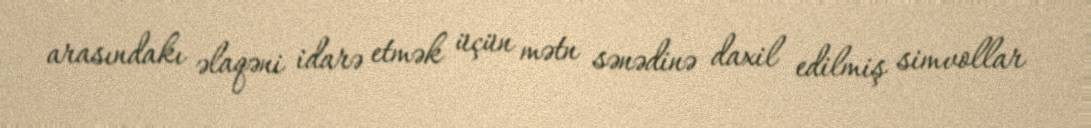
arasındakı əlaqəni idarə etmək üçün mətn sənədinə daxil edilmiş simvollar